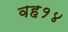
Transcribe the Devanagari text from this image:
वह१४